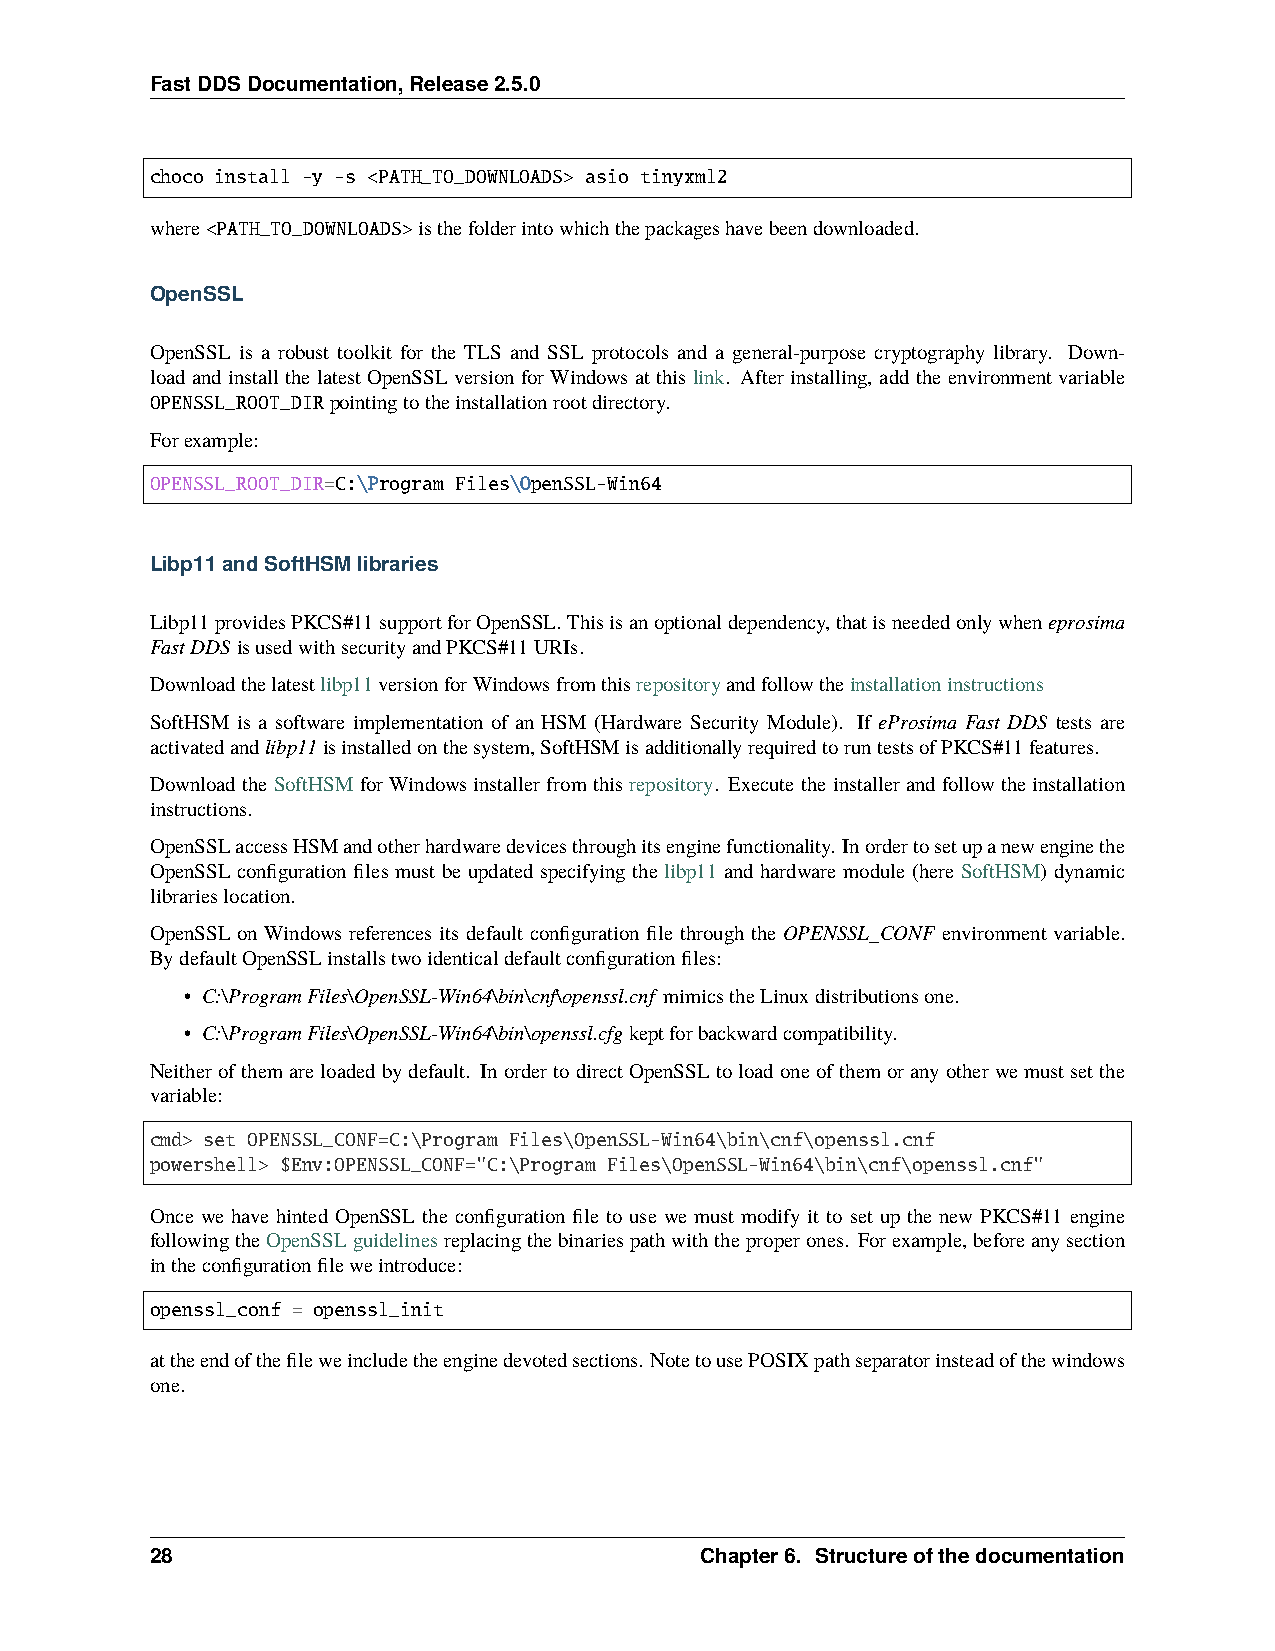
FastDDSDocumentation,Release2.5.0
 choco install -y -s <PATH_TO_DOWNLOADS> asio tinyxml2
 where<PATH_TO_DOWNLOADS>isthefolderintowhichthepackageshavebeendownloaded.
 OpenSSL
 OpenSSL is a robust toolkit for the TLS and SSL protocols and a general-purpose cryptography library. Down-
 load and install the latest OpenSSL version for Windows at this link. After installing, add the environment variable
 OPENSSL_ROOT_DIRpointingtotheinstallationrootdirectory.
 Forexample:
 OPENSSL_ROOT_DIR=C:\Program Files\OpenSSL-Win64
 Libp11andSoftHSMlibraries
 Libp11providesPKCS#11supportforOpenSSL.Thisisanoptionaldependency,thatisneededonlywheneprosima
 FastDDSisusedwithsecurityandPKCS#11URIs.
 Downloadthelatestlibp11versionforWindowsfromthisrepositoryandfollowtheinstallationinstructions
 SoftHSM is a software implementation of an HSM (Hardware Security Module). If eProsima Fast DDS tests are
 activatedandlibp11isinstalledonthesystem,SoftHSMisadditionallyrequiredtoruntestsofPKCS#11features.
 Download the SoftHSM for Windows installer from this repository. Execute the installer and follow the installation
 instructions.
 OpenSSLaccessHSMandotherhardwaredevicesthroughitsenginefunctionality. Inordertosetupanewenginethe
 OpenSSL configuration files must be updated specifying the libp11 and hardware module (here SoftHSM) dynamic
 librarieslocation.
 OpenSSL on Windows references its default configuration file through the OPENSSL_CONF environment variable.
 BydefaultOpenSSLinstallstwoidenticaldefaultconfigurationfiles:
 • C:\ProgramFiles\OpenSSL-Win64\bin\cnf\openssl.cnf mimicstheLinuxdistributionsone.
 • C:\ProgramFiles\OpenSSL-Win64\bin\openssl.cfgkeptforbackwardcompatibility.
 Neitherofthemareloadedbydefault. InordertodirectOpenSSLtoloadoneofthemoranyotherwemustsetthe
 variable:
 cmd> set OPENSSL_CONF=C:\Program Files\OpenSSL-Win64\bin\cnf\openssl.cnf
 powershell> $Env:OPENSSL_CONF="C:\Program Files\OpenSSL-Win64\bin\cnf\openssl.cnf"
 Once we have hinted OpenSSL the configuration file to use we must modify it to set up the new PKCS#11 engine
 followingtheOpenSSLguidelinesreplacingthebinariespathwiththeproperones. Forexample,beforeanysection
 intheconfigurationfileweintroduce:
 openssl_conf = openssl_init
 attheendofthefileweincludetheenginedevotedsections. NotetousePOSIXpathseparatorinsteadofthewindows
 one.
 28                                  Chapter6. Structureofthedocumentation